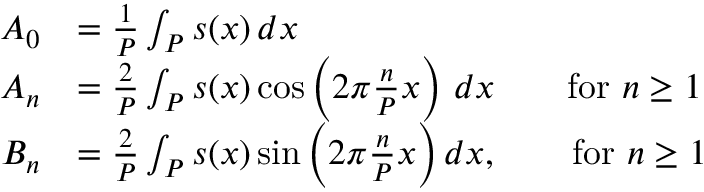
{ \begin{array} { r l } { A _ { 0 } } & { = { \frac { 1 } { P } } \int _ { P } s ( x ) \, d x } \\ { A _ { n } } & { = { \frac { 2 } { P } } \int _ { P } s ( x ) \cos \left( 2 \pi { \frac { n } { P } } x \right) \, d x \qquad { \mathrm { f o r ~ } } n \geq 1 \qquad } \\ { B _ { n } } & { = { \frac { 2 } { P } } \int _ { P } s ( x ) \sin \left( 2 \pi { \frac { n } { P } } x \right) d x , \qquad { \mathrm { f o r ~ } } n \geq 1 } \end{array} }